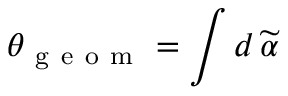
\theta _ { \mathrm { ~ g ~ e ~ o ~ m ~ } } = \int d \, \widetilde { \alpha }